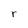
Character: r